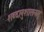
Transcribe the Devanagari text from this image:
शब्दानुशासनम्